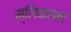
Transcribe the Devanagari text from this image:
म्लिकरना